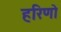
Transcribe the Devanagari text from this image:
हरिणो